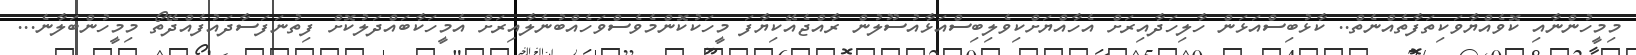
މިމީހުންނާއި ކޮވެއްޔާވަކިތަފާތެެއްނެތް.. ކާޅުބިސްއަޅަން ހާލިހަދާއިރަށް އެހާއްޔަށްކިވެލިބިސްއަޅާއުސޫލުން ރާއްޖެއޭކިޔާފަ މީހަކުކޮންމެވެސްވަހެއްބުނެލާއިރަށް އެމީހަކާބައްދަލުކޮށް ފިތުނަފަސާދައުފެއްދޭތޯ މިމީހުންބަލާނެ...